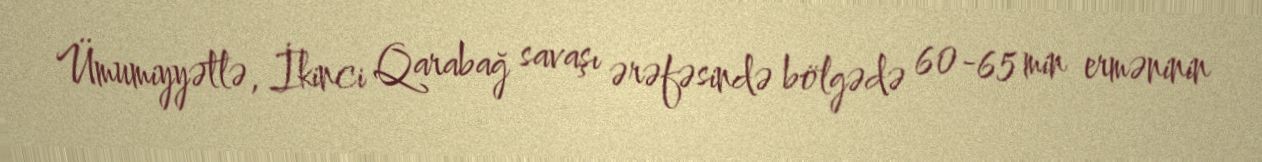
Ümumiyyətlə, İkinci Qarabağ savaşı ərəfəsində bölgədə 60-65 min erməninin